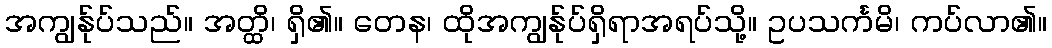
အကျွန်ုပ်သည်။ အတ္ထိ၊ ရှိ၏။ တေန၊ ထိုအကျွန်ုပ်ရှိရာအရပ်သို့။ ဥပသင်္ကမိ၊ ကပ်လာ၏။